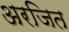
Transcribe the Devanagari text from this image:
अरजित